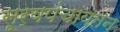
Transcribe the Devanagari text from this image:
सूर्यपंचायतन